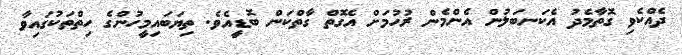
ދެއްކެވި ގޮތާމެދު އެކަނބަލުން އެންމެން ރުހުމަށް އެގޮތް ގާތްކަން ބޮޑީއެވެ. ތިޔަބައިމީހުންގެ ހިތްތަކުގައިވާ